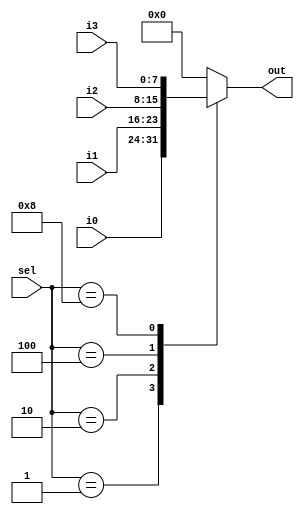
`timescale 1ns / 1ps
//////////////////////////////////////////////////////////////////////////////////
// Company: 
// Engineer: 
// 
// Design Name: 
// Module Name:    mpx 
// Project Name: 
// Target Devices: 
// Tool versions: 
// Description: 
//
// Dependencies: 
//
// Revision: 
// Revision 0.01 - File Created
// Additional Comments: 
//
//////////////////////////////////////////////////////////////////////////////////
module mpx #(parameter N=8)(
    input [N-1:0] i0,
    input [N-1:0] i1,
    input [N-1:0] i2,
    input [N-1:0] i3,
    input [3:0] sel,
    output reg [N-1:0] out
    );

always @(*)
	case (sel)
		4'b0001: out <= i0;
		4'b0010: out <= i1;
		4'b0100: out <= i2;
		4'b1000: out <= i3;
		default: out <= 0;
	endcase


endmodule